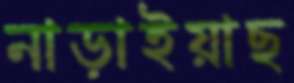
নাড়াইয়াছ